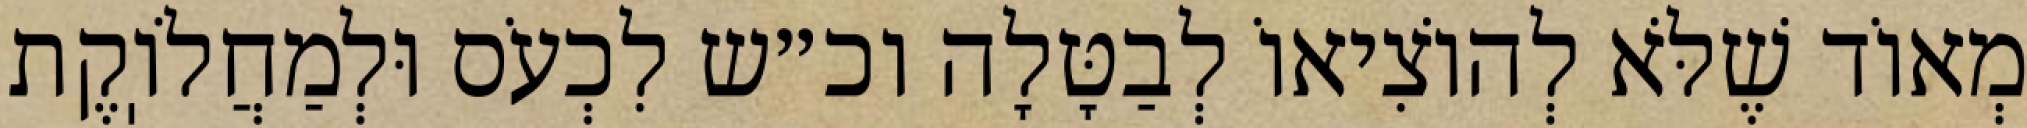
מְאוֹד שֶׁלֹּא לְהוֹצִיאוֹ לְבַטָּלָה וכ״ש לִכְעֹס וּלְמַחֲלֹוֽקֶת